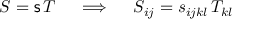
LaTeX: { \boldsymbol { S } } = { \mathsf { s } } \, { \boldsymbol { T } } \quad \implies \quad S _ { i j } = s _ { i j k l } \, T _ { k l }